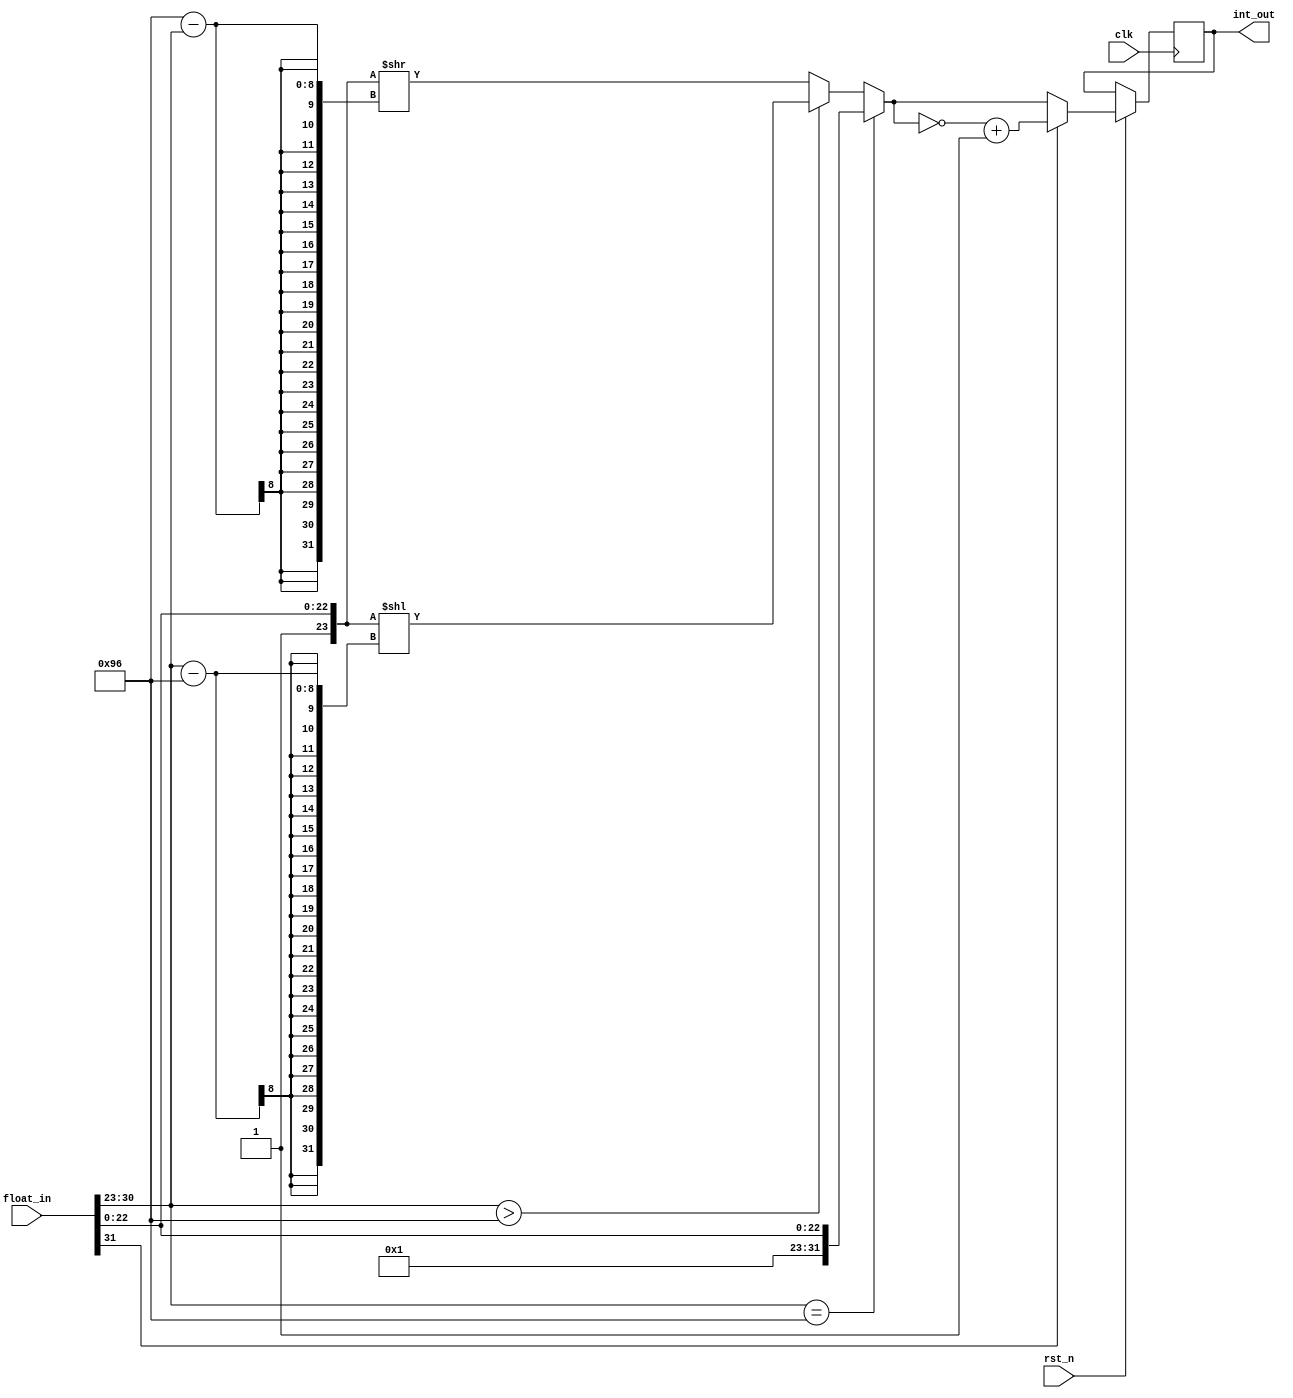
module float2int(clk,rst_n,float_in,int_out);

parameter E_bit = 8,F_bit = 23,INT_WIDTH = 32;
parameter E_int_ref = {(E_bit-1){1'b1}}+F_bit;			//

input wire clk,rst_n;
input wire[E_bit+F_bit:0] float_in;
output reg[INT_WIDTH-1:0] int_out;

reg [INT_WIDTH-1:0] abs_buf;

wire [E_bit-1:0] f_e = float_in[E_bit+F_bit-1:F_bit];
wire [F_bit:0] f_f = {1'b1,float_in[F_bit-1:0]};	//1
wire f_s = float_in[E_bit+F_bit];

always @(posedge clk or negedge rst_n) begin
	if(!rst_n) begin
		abs_buf <= 0;
	end
	else begin
		if (f_e == E_int_ref)begin
			abs_buf = f_f;
		end
		else if(f_e > E_int_ref) begin
			abs_buf = f_f << (f_e-E_int_ref);
		end
		else begin
			abs_buf = f_f >> (E_int_ref-f_e);
		end
		
		if(f_s) begin
			int_out <= ~abs_buf+1;
		end
		else begin
			int_out <= abs_buf;
		end
	end
end
endmodule